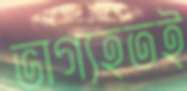
ভাগ্যহতই